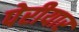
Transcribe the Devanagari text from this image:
पेरीयार